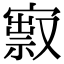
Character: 㝮